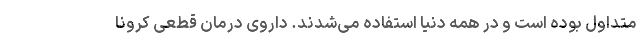
متداول بوده است‌ و در همه دنیا استفاده می‌شدند. داروی درمان قطعی کرونا